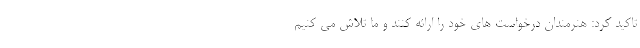
تاکید کرد: هنرمندان درخواست های خود را ارائه کنند و ما تلاش می کنیم